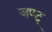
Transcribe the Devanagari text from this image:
जण्टू